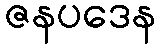
ဇနပဒေန